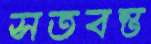
সতবন্ত